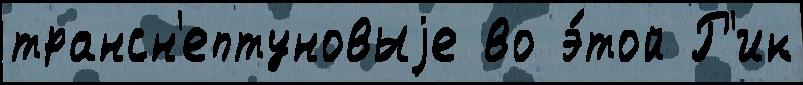
трансн'ептуновыjе во э́той Р'ик